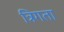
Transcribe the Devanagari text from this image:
त्रिगता